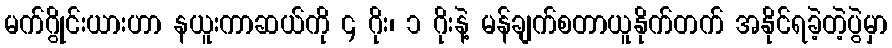
မက်ဂွိုင်းယားဟာ နယူးကာဆယ်ကို ၄ ဂိုး၊ ၁ ဂိုးနဲ့ မန်ချက်စတာယူနိုက်တက် အနိုင်ရခဲ့တဲ့ပွဲမှာ